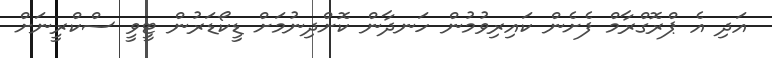
އަދި އެ ޕްރޮގްރާމް ފެށެން ކައިރިވުމުން ހަނދާން ކޮށްދިނުމަށް ޑީކޯޑަރުން ޓީވީ ސްކްރީނަށް